65_HS1-834228961_62-HQ-83894_Section_2
Agency: FBI
Page 137
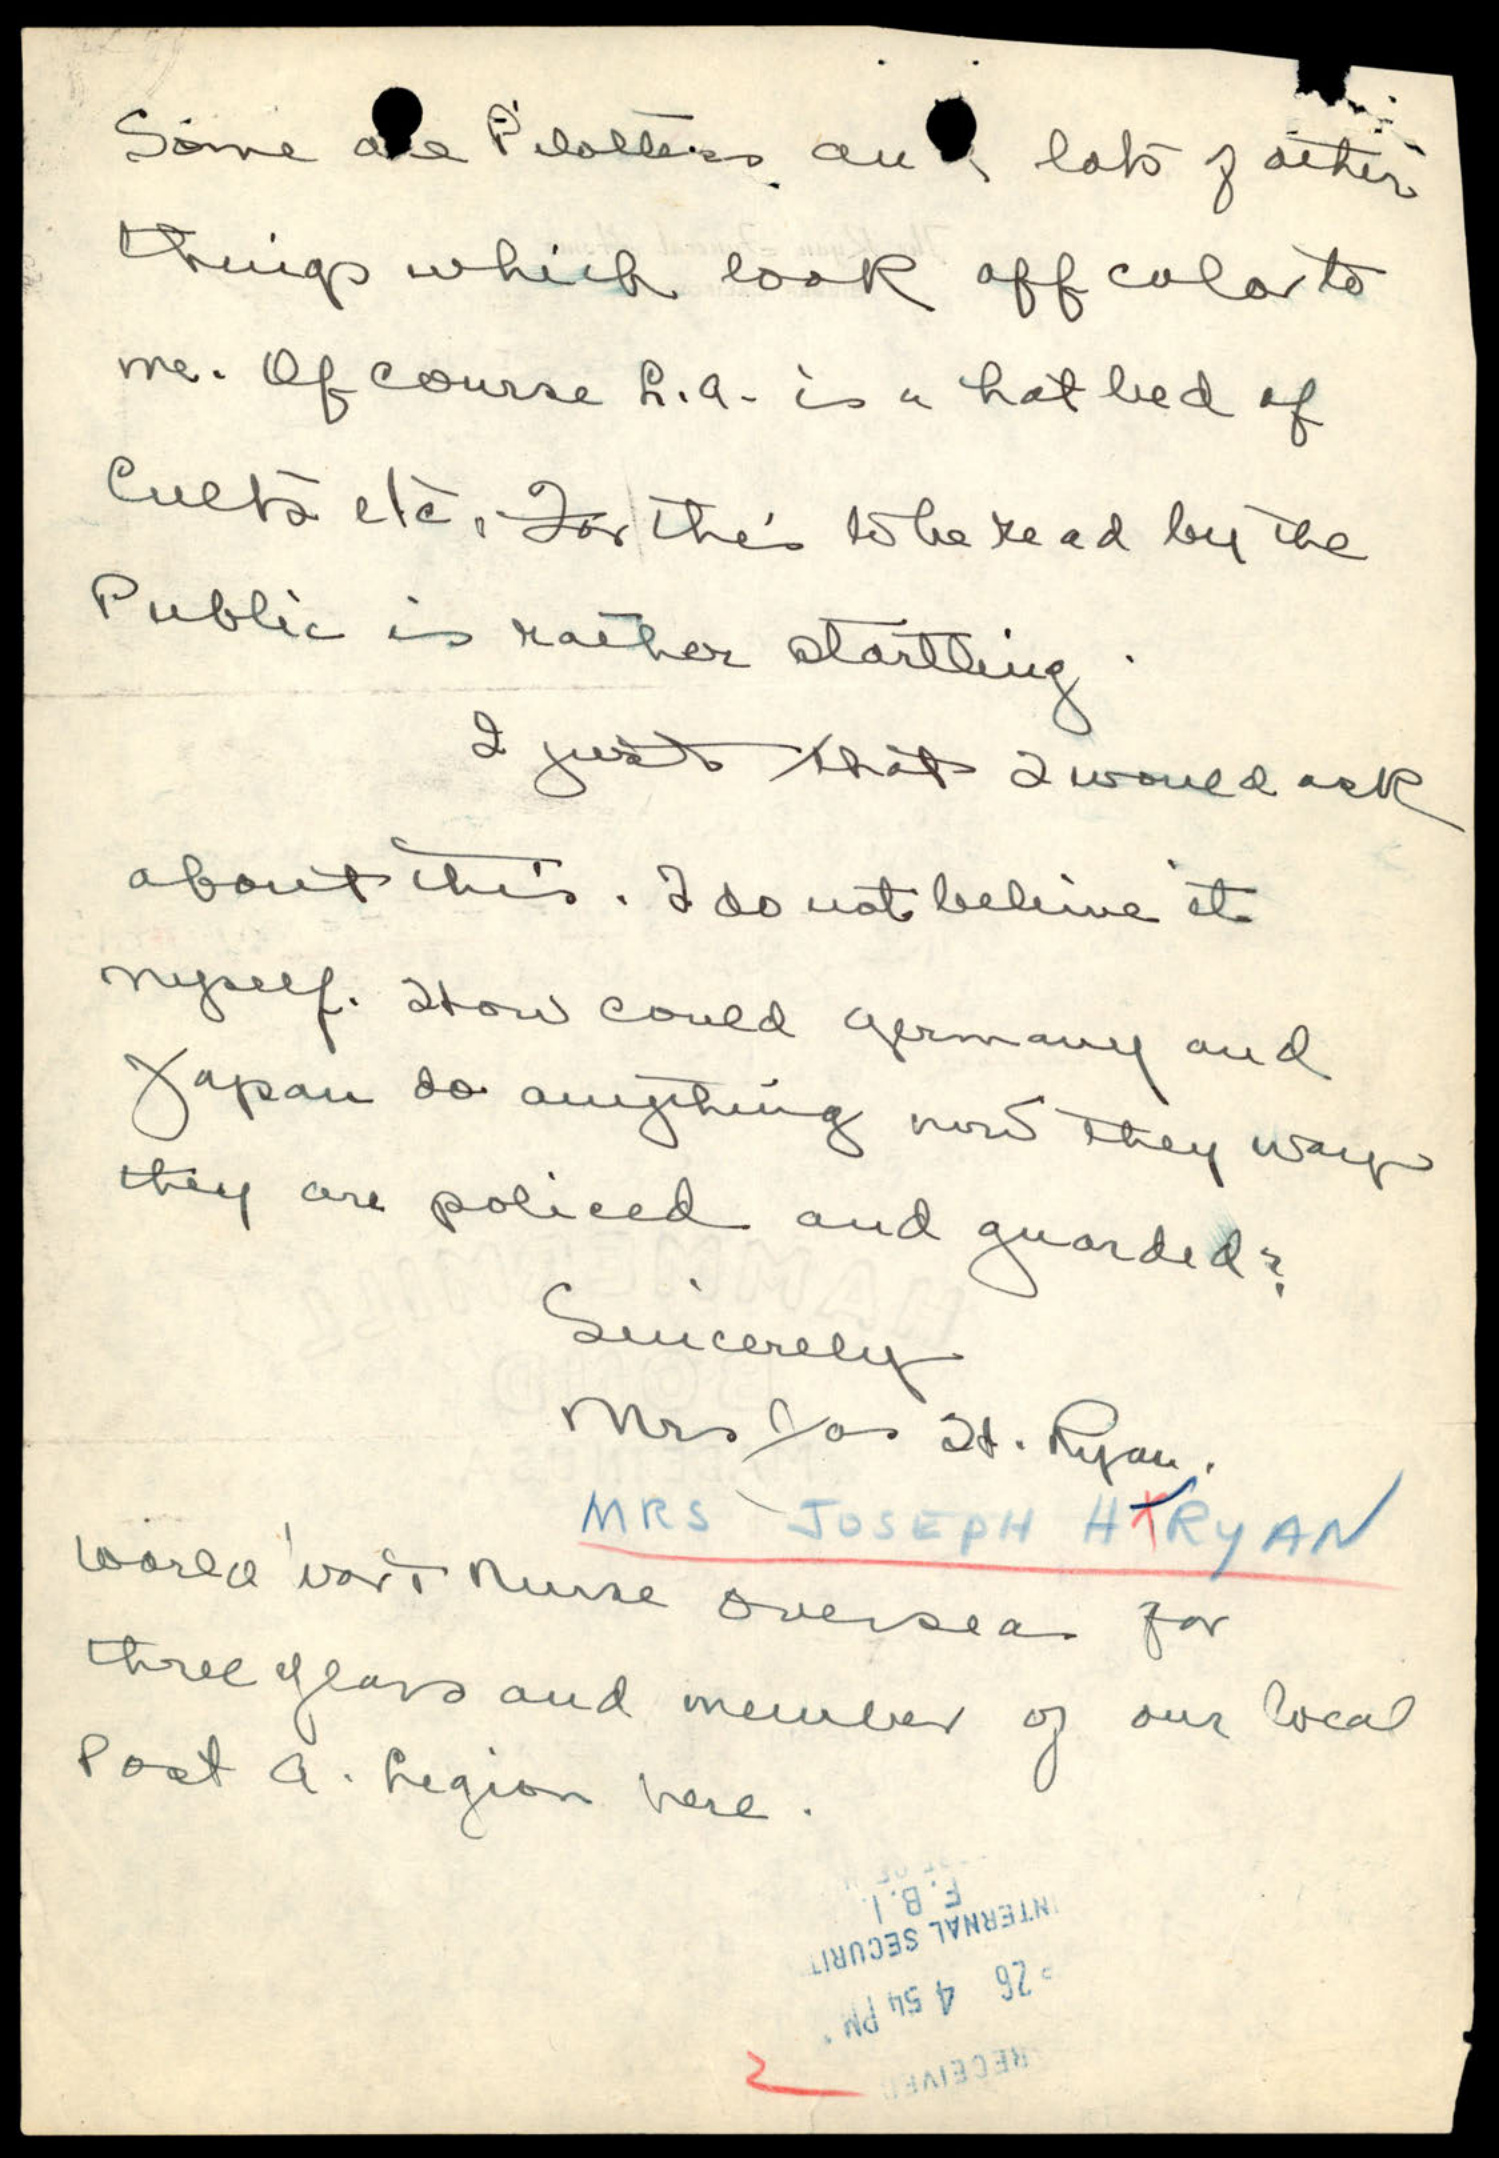